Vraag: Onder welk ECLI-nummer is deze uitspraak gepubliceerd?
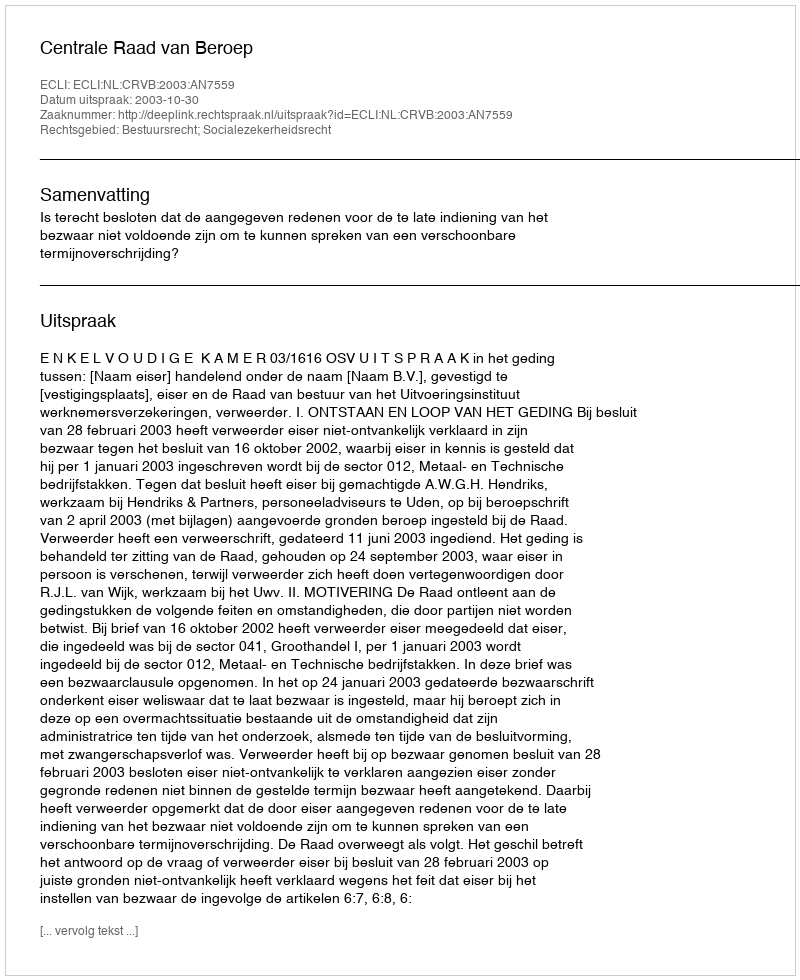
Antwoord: ECLI:NL:CRVB:2003:AN7559